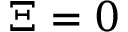
\Xi = 0